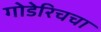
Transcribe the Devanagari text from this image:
गोडेरिचचा